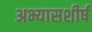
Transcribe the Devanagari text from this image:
अभ्यासशीर्ष